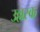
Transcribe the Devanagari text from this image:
उल्लस्क